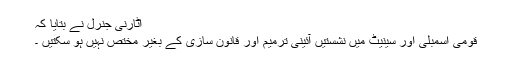
اٹارنی جنرل نے بتایا کہ
قومی اسمبلی اور سینیٹ میں نشستیں آئینی ترمیم اور قانون سازی کے بغیر مختص نہیں ہو سکتیں ۔